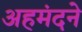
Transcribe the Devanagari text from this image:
अहमंदने